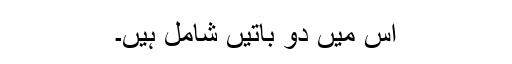
اس میں دو باتیں شامل ہیں۔